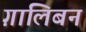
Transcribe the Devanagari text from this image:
ग़ालिबन